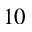
1 0